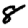
Digit: 8